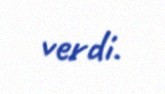
verdi.